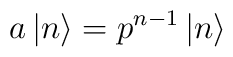
a\left| n\right\rangle =p^{n-1}\left| n\right\rangle